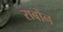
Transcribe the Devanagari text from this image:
राबोन